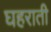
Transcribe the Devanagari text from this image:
घहराती